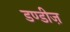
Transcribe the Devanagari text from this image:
डण्डीज़